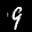
Label: 9